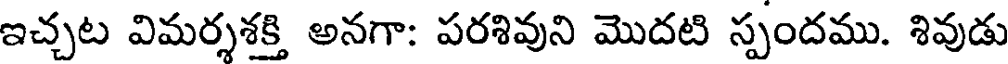
ఇచ్చట విమర్శశక్తి అనగా: పరశివుని మొదటి స్పందము. శివుడు